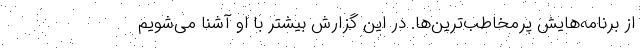
از برنامه‌هایش پرمخاطب‌ترین‌ها. در این گزارش بیشتر با او آشنا می‌شویم